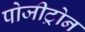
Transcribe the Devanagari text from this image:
पोजीट्रोन